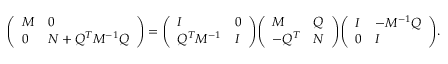
{ \left( \begin{array} { l l } { M } & { 0 } \\ { 0 } & { N + Q ^ { T } M ^ { - 1 } Q } \end{array} \right) } = { \left( \begin{array} { l l } { I } & { 0 } \\ { Q ^ { T } M ^ { - 1 } } & { I } \end{array} \right) } { \left( \begin{array} { l l } { M } & { Q } \\ { - Q ^ { T } } & { N } \end{array} \right) } { \left( \begin{array} { l l } { I } & { - M ^ { - 1 } Q } \\ { 0 } & { I } \end{array} \right) } .